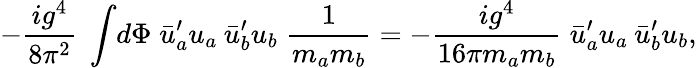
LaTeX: -\frac{ig^{4}}{8\pi^{2}}\; \int{\! d\Phi\; \bar{u}_{a}^{\prime}{}u_{a}\: \bar{u}_{b}^{\prime}{}u_{b}\; \frac{1}{m_{a}m_{b}}}=-\frac{ig^{4}}{16\pi m_{a}m_{b}}\; \bar{u}_{a}^{\prime}{}u_{a}\: \bar{u}_{b}^{\prime}{}u_{b},